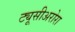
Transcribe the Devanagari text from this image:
ट्यूसीअरोरा